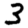
Digit: 3